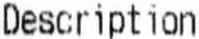
DESCRIPTION